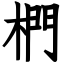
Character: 椚